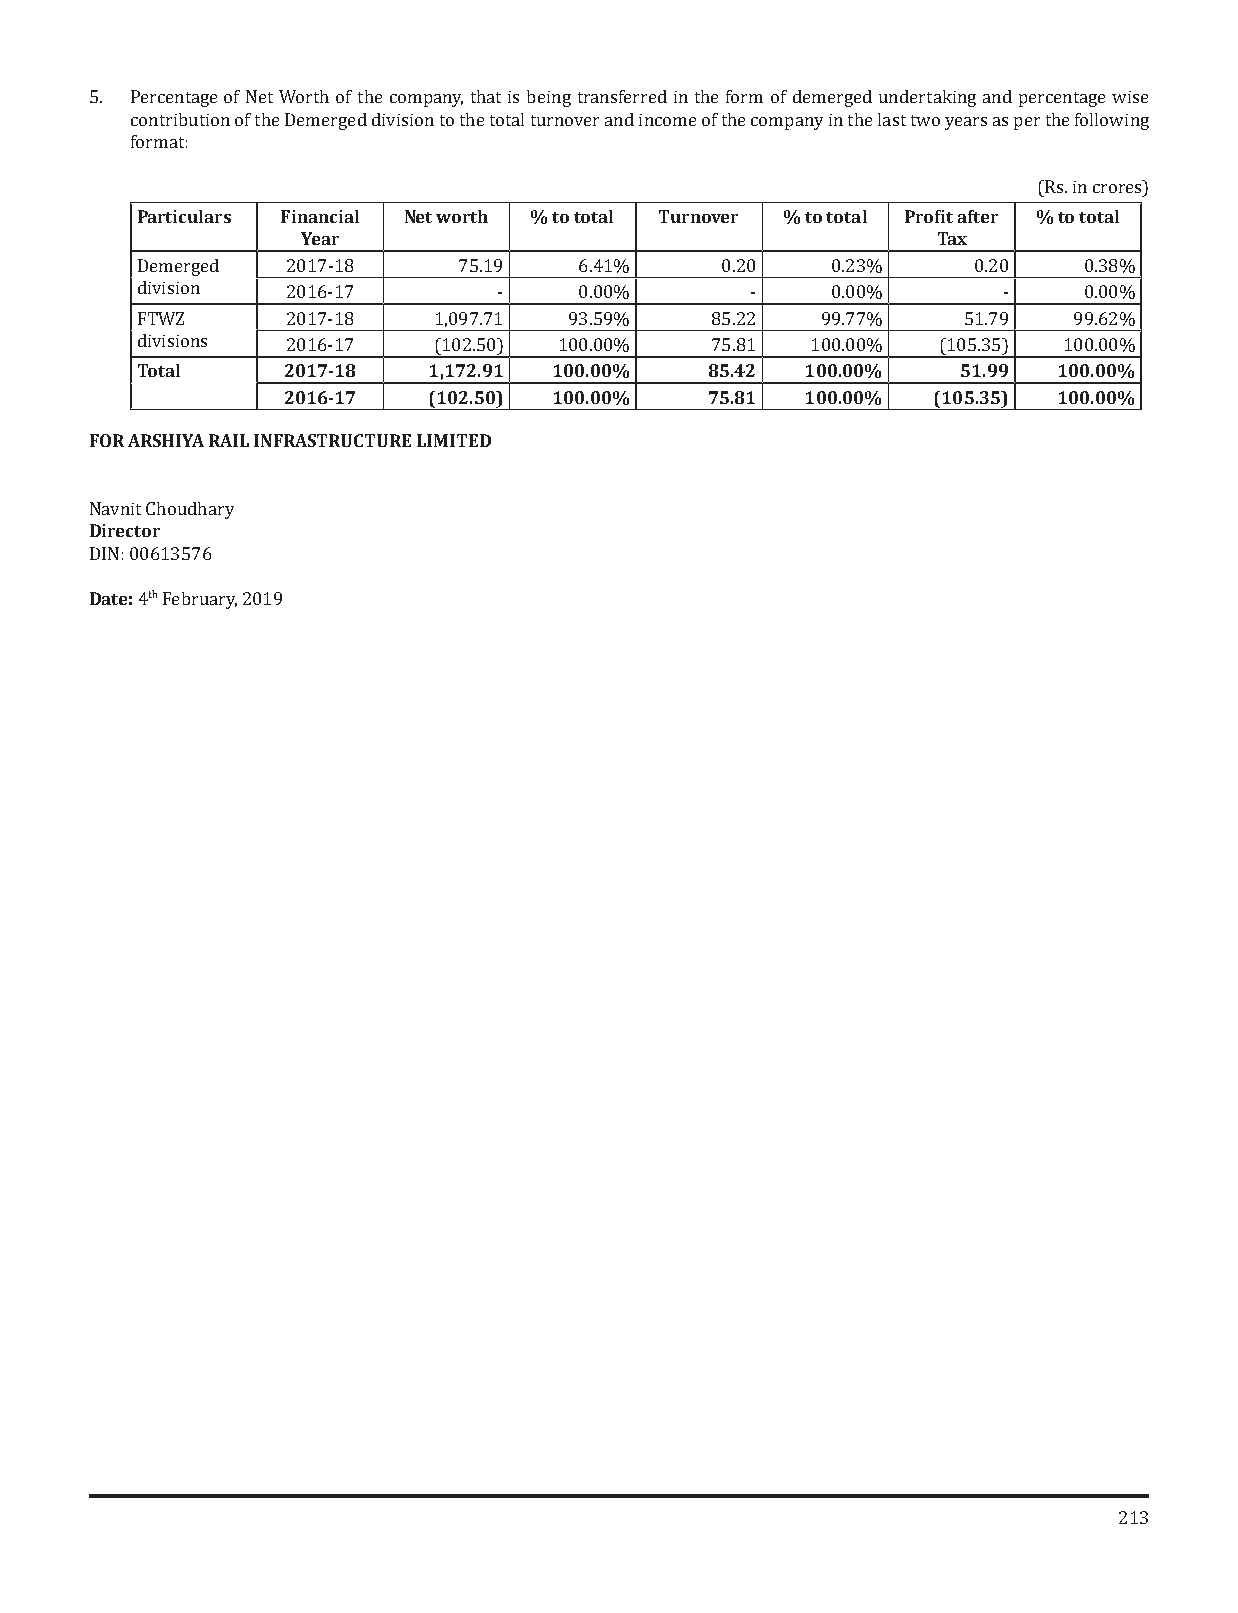
5. Percentage of Net Worth of the company, that is being transferred in the form of demerged undertaking and percentage wise
 contribution of the Demerged division to the total turnover and income of the company in the last two years as per the following
 format:
 Particulars Financial Net worth % to total Turnover % to total Profit after % to total
 (Rs. in crores)
 Year                                      Tax
 Demerged  2017-18    75.19   6.41%     0.20   0.23%    0.20    0.38%
 division  2016-17       -    0.00%       -    0.00%      -     0.00%
 FTWZ      2017-18   1,097.71 93.59%   85.22  99.77%    51.79  99.62%
 Total     2017-18  1,172.91 100.00%   85.42 100.00%    51.99 100.00%
 divisions 2016-17   (102.50) 100.00%  75.81  100.00% (105.35) 100.00%
 2016-17  (102.50) 100.00%   75.81 100.00%  (105.35) 100.00%
 FOR ARSHIYA RAIL INFRASTRUCTURE LIMITED
 Director
 Navnit Choudhary
 DDIaNte: :0 0613576
 th
 4 February, 2019
 213